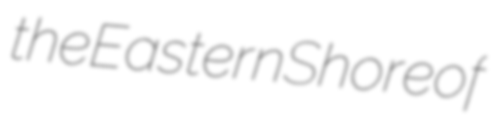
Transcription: the Eastern Shore of